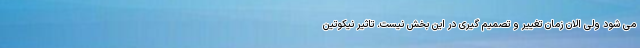
می شود ولی الان زمان تغییر و تصمیم گیری در این بخش نیست. تاثیر نیکوتین